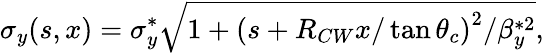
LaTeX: \sigma_{y}(s,x)=\sigma_{y}^{*}\sqrt{1+\left(s+R_{CW}x/\tan\theta_{c}\right)^{2}/\beta_{y}^{*2}},